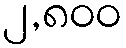
၂,၈၀၀